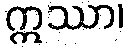
ဣဿာ၊